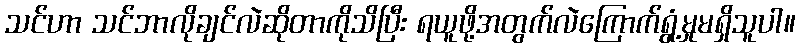
သင်ဟာ သင်ဘာလိုချင်လဲဆိုတာကိုသိပြီး ရယူဖို့အတွက်လဲကြောက်ရွံ့မှုမရှိသူပါ။